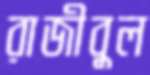
রাজীবুল